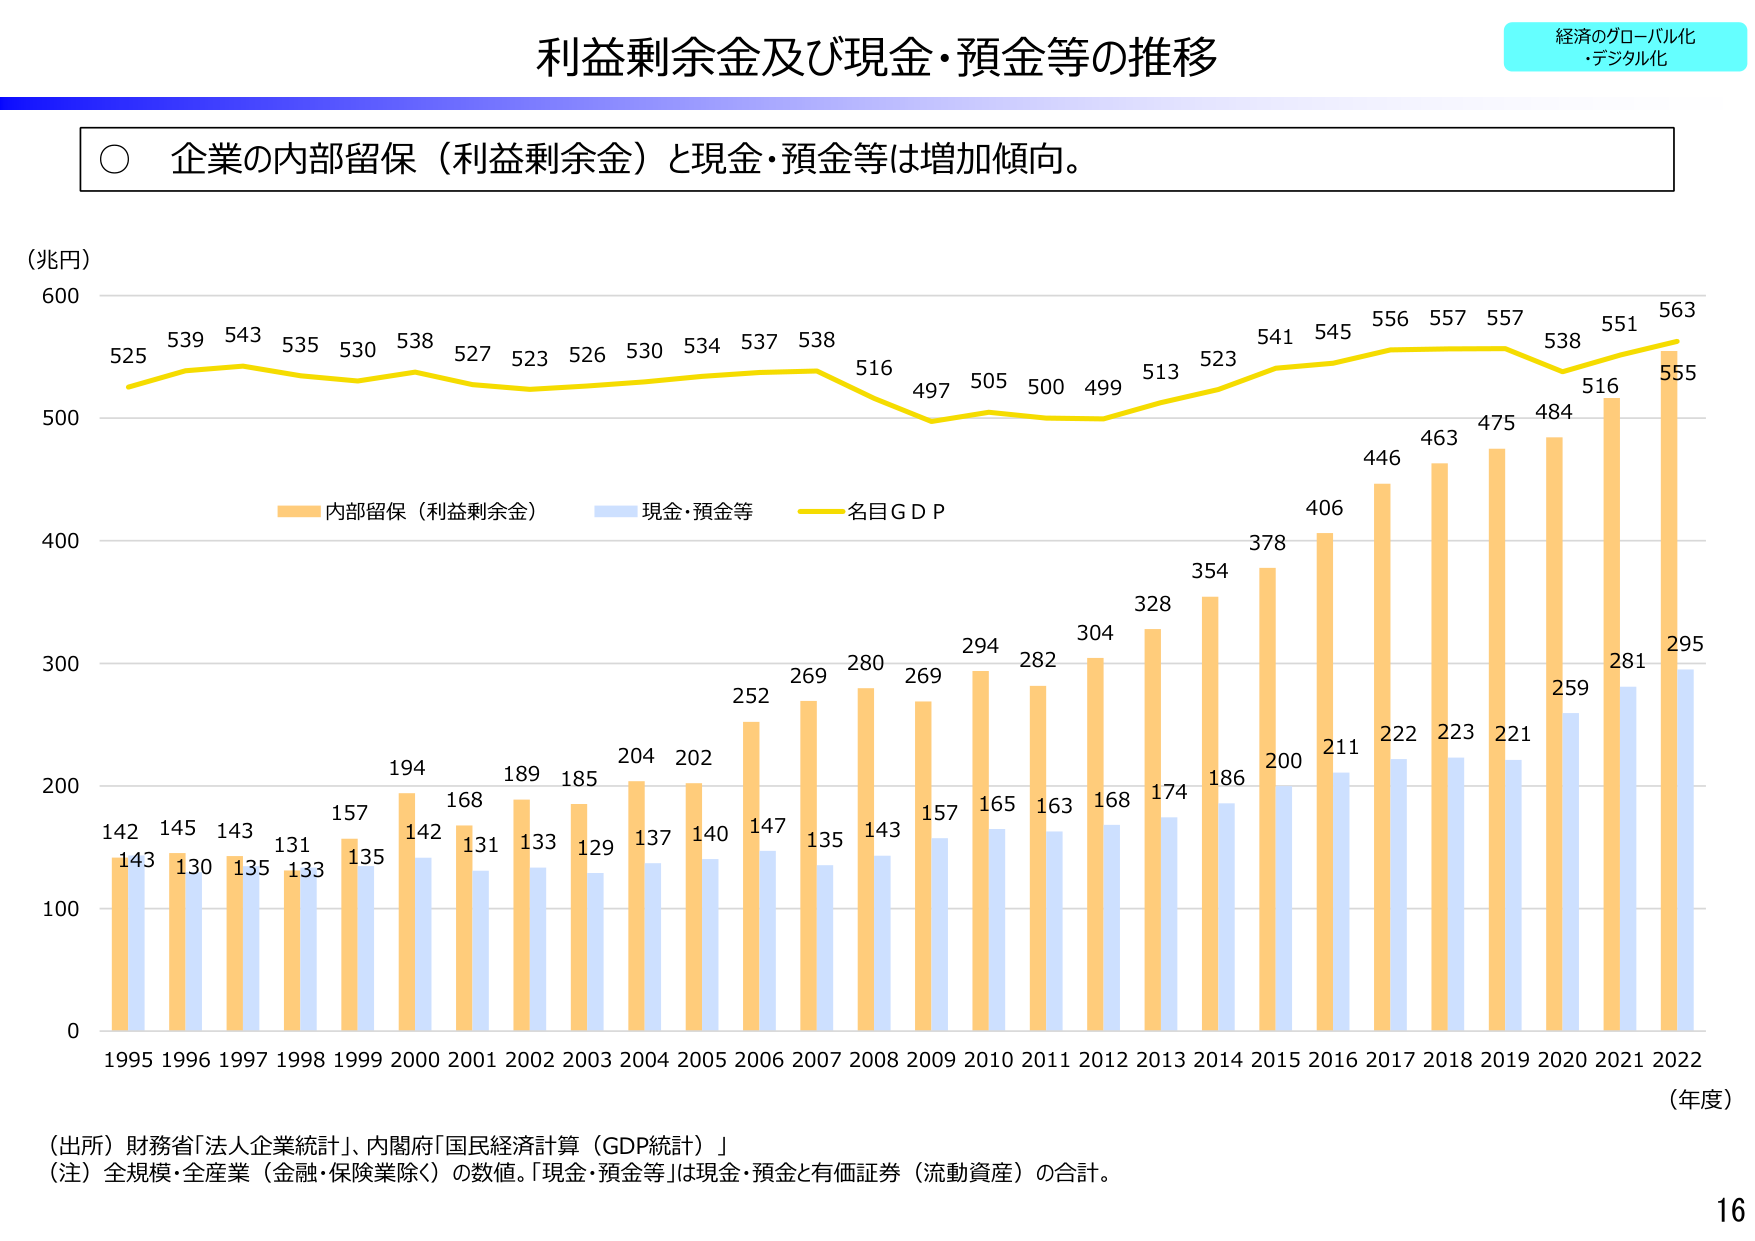
利益剰余金及び現金・預金等の推移

経済のグローバル化
・デジタル化

○ 企業の内部留保（利益剰余金）と現金・預金等は増加傾向。

（兆円）
600
525 539 543 535 530 538 527 523 526 530 534 537 538 516 497 505 500 499 513 523 541 545 556 557 557 538 551 563
500
400
内部留保（利益剰余金） 現金・預金等 名目ＧＤＰ
300
142 145 143 131 157 194 168 189 185 204 202 252 269 280 269 294 282 304 328 354 378 406 446 463 475 484 516 555
143 130 135 133 135 142 131 133 129 137 140 147 135 143 157 165 163 168 174 186 200 211 222 223 221 259 281 295
200
100
0
1995 1996 1997 1998 1999 2000 2001 2002 2003 2004 2005 2006 2007 2008 2009 2010 2011 2012 2013 2014 2015 2016 2017 2018 2019 2020 2021 2022
（年度）

（出所）財務省「法人企業統計」、内閣府「国民経済計算（GDP統計）」
（注）全規模・全産業（金融・保険業除く）の数値。「現金・預金等」は現金・預金と有価証券（流動資産）の合計。

16